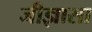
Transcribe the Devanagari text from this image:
जीज्ञासा